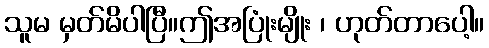
သူမ မှတ်မိပါပြီ။ဤအပြုံးမျိုး ၊ ဟုတ်တာပေါ့။